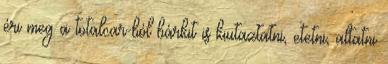
éri meg a totalcar-ból bárkit is kiutaztatni, etetni, altatni